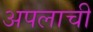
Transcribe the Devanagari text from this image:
अपलाची